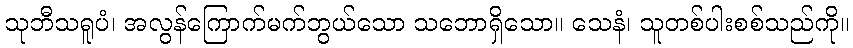
သုဘီသရူပံ၊ အလွန်ကြောက်မက်ဘွယ်သော သဘောရှိသော။ သေနံ၊ သူတစ်ပါးစစ်သည်ကို။